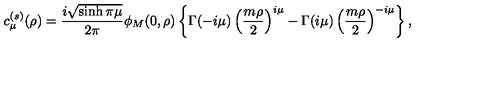
c _ { \mu } ^ { ( s ) } ( \rho ) = \frac { i \sqrt { \sinh \pi \mu } } { 2 \pi } \phi _ { M } ( 0 , \rho ) \left\{ \Gamma ( - i \mu ) \left( \frac { m \rho } 2 \right) ^ { i \mu } - \Gamma ( i \mu ) \left( \frac { m \rho } 2 \right) ^ { - i \mu } \right\} ,